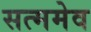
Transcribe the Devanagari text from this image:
सत्ममेव